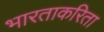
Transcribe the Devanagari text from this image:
भारताकरिता